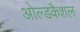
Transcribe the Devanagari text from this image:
ओल्डकैशल